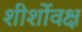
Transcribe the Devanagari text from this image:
शीर्शोवक्ष